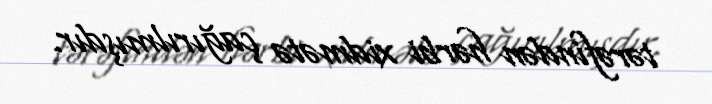
tərəfindən hərbi xidmətə çağırılmışdır.